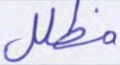
مظلل